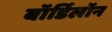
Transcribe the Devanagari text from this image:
बॉर्डिलॉन